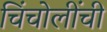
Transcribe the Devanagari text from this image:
चिंचोलींची